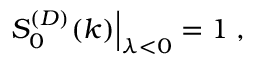
\left. S _ { 0 } ^ { ( D ) } ( k ) \right| _ { \lambda < 0 } = 1 \; ,